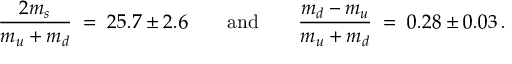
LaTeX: \frac { 2 m _ { s } } { m _ { u } + m _ { d } } \; = \; 2 5 . 7 \pm 2 . 6 \qquad \mathrm { a n d } \qquad \frac { m _ { d } - m _ { u } } { m _ { u } + m _ { d } } \; = \; 0 . 2 8 \pm 0 . 0 3 \, .